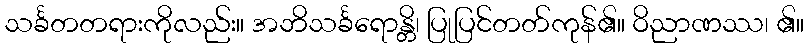
သင်္ခတတရားကိုလည်း။ အဘိသင်္ခရောန္တိ၊ ပြုပြင်တတ်ကုန်၏။ ဝိညာဏဿ၊ ၏။